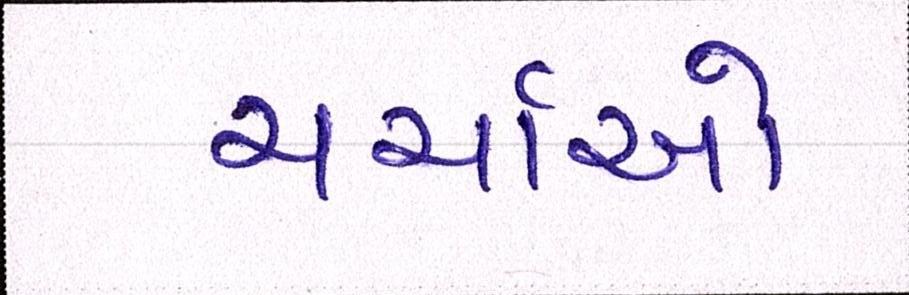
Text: ચર્ચાઓ